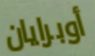
أوبرايان